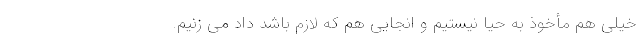
خیلی هم مأخوذ به حیا نیستیم و انجایی هم که لازم باشد داد می زنیم.